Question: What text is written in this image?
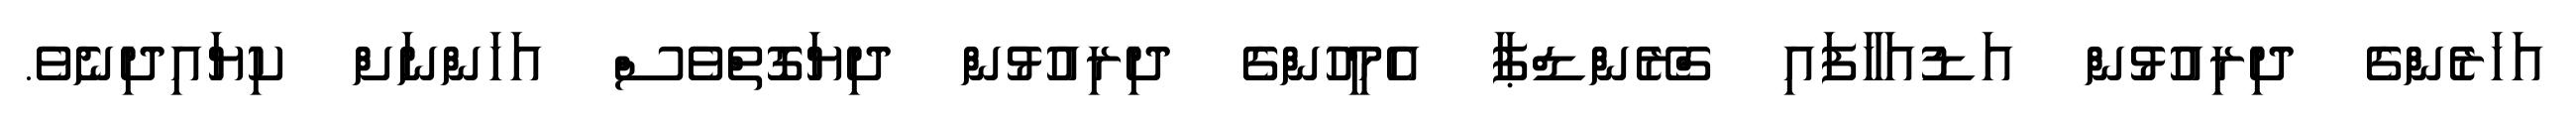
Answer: އަހަރެންގެ ދިރިއުޅުން އަޑުއަހާފައި ގްރޭންޑްޕާ އެމީހުންގެ ދިރިއުޅުން ދިޔަގޮތްވެސް އަހަންނަށް ކިޔައިދިނެވެ.